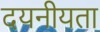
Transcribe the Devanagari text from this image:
दयनीयता